Report of the Bombay Veterinary College
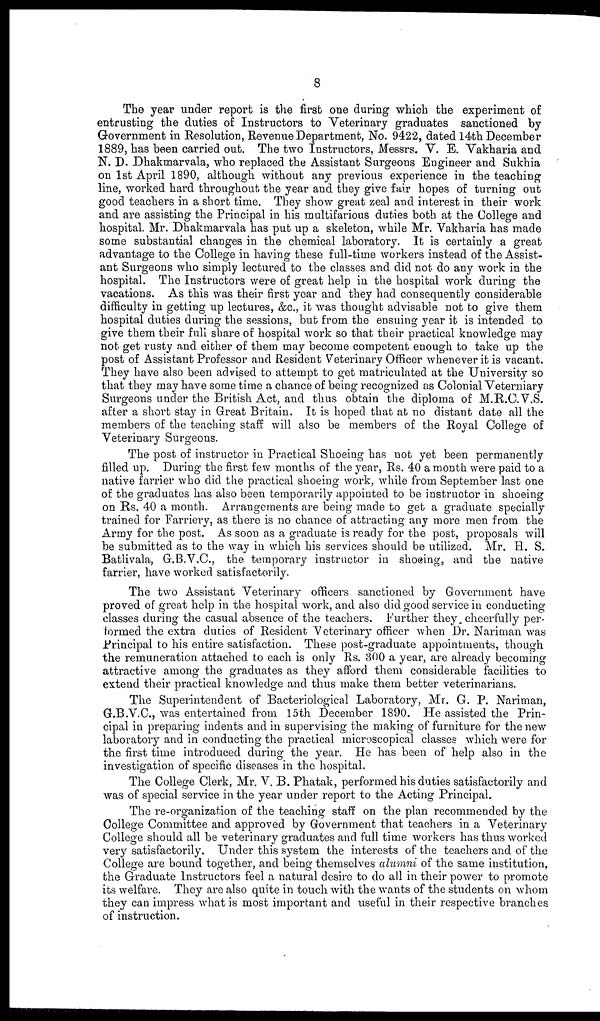
8
The year under report is the first one during which the experiment of
entrusting the duties of Instructors to Veterinary graduates sanctioned by
Government in Resolution, Revenue Department, No. 9422, dated 14th December
1889, has been carried out. The two Instructors, Messrs. V. E. Vakharia and
N. D. Dhakmarvala, who replaced the Assistant Surgeons Engineer and Sukhia
on 1st April 1890, although without any previous experience in the teaching
line, worked hard throughout the year and they give fair hopes of turning out
good teachers in a short time. They show great zeal and interest in their work
and are assisting the Principal in his multifarious duties both at the College and
hospital. Mr. Dhakmarvala has put up a skeleton, while Mr. Vakharia has made
some substantial changes in the chemical laboratory. It is certainly a great
advantage to the College in having these full-time workers instead of the Assist-
ant Surgeons who simply lectured to the classes and did not do any work in the
hospital. The Instructors were of great help in the hospital work during the
vacations. As this was their first year and they had consequently considerable
difficulty in getting up lectures, &c., it was thought advisable not to give them
hospital duties during the sessions, but from the ensuing year it is intended to
give them their full share of hospital work so that their practical knowledge may
not get rusty and either of them may become competent enough to take up the
post of Assistant Professor and Resident Veterinary Officer whenever it is vacant.
They have also been advised to attempt to get matriculated at the University so
that they may have some time a chance of being recognized as Colonial Veterniary
Surgeons under the British Act, and thus obtain the diploma of M.R.C.V.S.
after a short stay in Great Britain. It is hoped that at no distant date all the
members of the teaching staff will also be members of the Royal College of
Veterinary Surgeons.
The post of instructor in Practical Shoeing has not yet been permanently
filled up. During the first few months of the year, Rs. 40 a month were paid to a
native farrier who did the practical shoeing work, while from September last one
of the graduates has also been temporarily appointed to be instructor in shoeing
on Rs. 40 a month. Arrangements are being made to get a graduate specially
trained for Farriery, as there is no chance of attracting any more men from the
Army for the post. As soon as a graduate is ready for the post, proposals will
be submitted as to the way in which his services should be utilized. Mr. H. S.
Batlivala, G.B.V.C., the temporary instructor in shoeing, and the native
farrier, have worked satisfactorily.
The two Assistant Veterinary officers sanctioned by Government have
proved of great help in the hospital work, and also did good service in conducting
classes during the casual absence of the teachers. Further they cheerfully per-
formed the extra duties of Resident Veterinary officer when Dr. Nariman was
Principal to his entire satisfaction. These post-graduate appointments, though
the remuneration attached to each is only Rs. 300 a year, are already becoming
attractive among the graduates as they afford them considerable facilities to
extend their practical knowledge and thus make them better veterinarians.
The Superintendent of Bacteriological Laboratory, Mr. G. P. Nariman,
G.B.V.C., was entertained from 15th December 1890. He assisted the Prin-
cipal in preparing indents and in supervising the making of furniture for the new
laboratory and in conducting the practical microscopical classes which were for
the first time introduced during the year. He has been of help also in the
investigation of specific diseases in the hospital.
The College Clerk, Mr. V. B. Phatak, performed his duties satisfactorily and
was of special service in the year under report to the Acting Principal.
The re-organization of the teaching staff on the plan recommended by the
College Committee and approved by Government that teachers in a Veterinary
College should all be veterinary graduates and full time workers has thus worked
very satisfactorily. Under this system the interests of the teachers and of the
College are bound together, and being themselves alumni of the same institution,
the Graduate Instructors feel a natural desire to do all in their power to promote
its welfare. They are also quite in touch with the wants of the students on whom
they can impress what is most important and useful in their respective branches
of instruction.